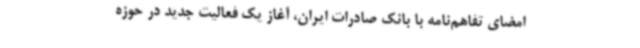
امضای تفاهم‌نامه با بانک صادرات ایران، آغاز یک فعالیت جدید در حوزه